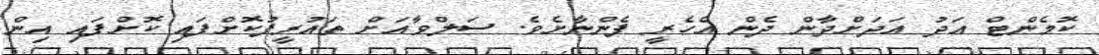
ކޮމެންޓް އަދު އަދަށްދާން ދެން އެހެރީ ފެންނާށެވެ. ސަލްވާއަށް ތައުރީފުކޮށްފައި ކޮށްފައި އިން